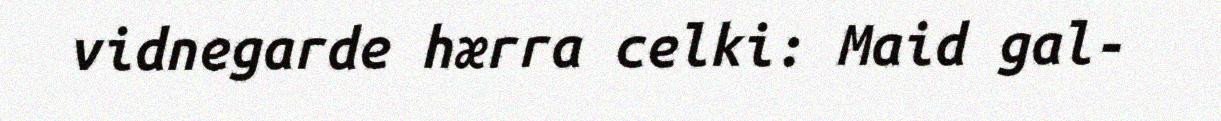
vidnegarde hærra celki: Maid gal-